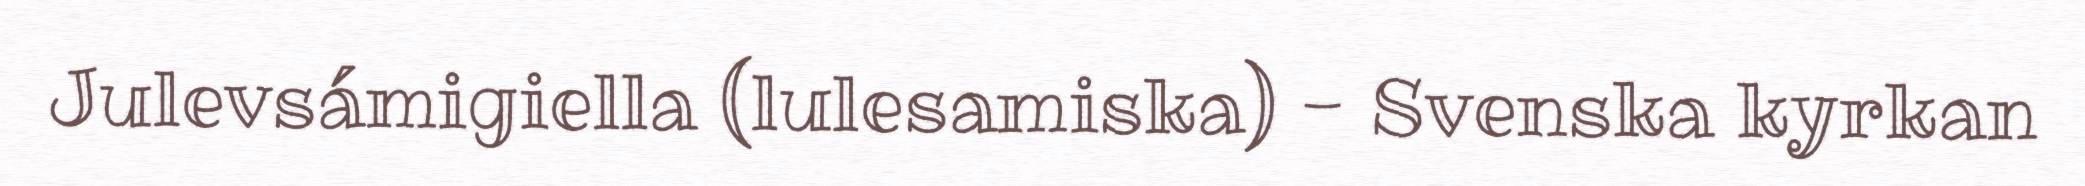
Julevsámigiella (lulesamiska) - Svenska kyrkan